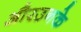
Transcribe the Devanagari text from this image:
औरउनके